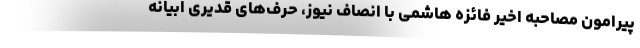
پیرامون مصاحبه اخیر فائزه هاشمی با انصاف نیوز، حرف‌های قدیری ابیانه